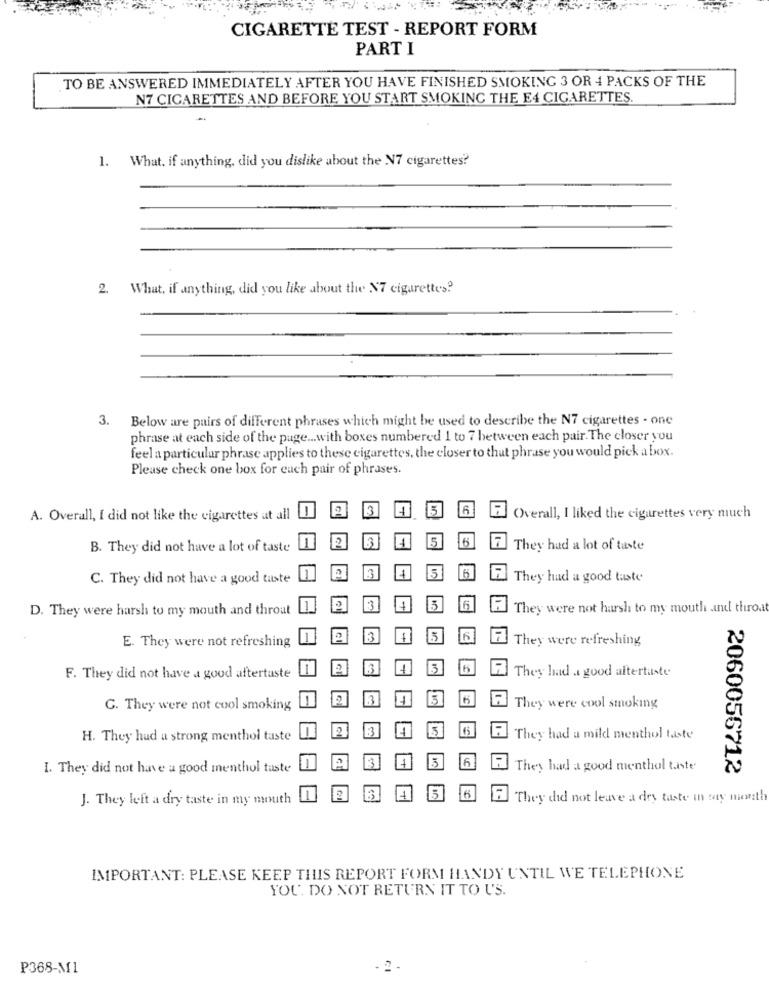
CIGARETTE TEST - REPORT FORM
PART I
TO BE ANSWERED IMMEDIATELY AFTER YOU HAVE FINISHED SMOKING 3 OR 4 PACKS OF THE
N7 CIGARETTES AND BEFORE YOU START SMOKING THE E4 CIGARETTES.
1. What, if anything, did you dislike about the N7 cigarettes?
2.
What, if anything, did you like about the N7 cigarettes?
3.
Below are pairs of different phrases which might be used to describe the N7 cigarettes - one
phrase at each side of the page.with boxes numbered 1 to 7 between each pair. The closer you
feel a particular phrase applies to these cigarettes, the closer to that phrase you would pick a box.
Please check one box for each pair of phrases.
n
3
+1
3
A. Overall, I did not like the cigarettes at all
Overall, I liked the cigarettes very much
B
5
B. They did not have a lot of taste
They had a lot of taste
C. They did not have a good taste
5
They had a good taste
D. They were harsh to my mouth and throat
3
They were not harsh to my mouth and thiroa
13
They were refreshing
E. They were not refreshing
15
They had a good aftertaste
F. They did not have a good aftertaste
15
G. They were not cool smoking
They were cool smoking
H. They had a strong menthol taste
They had a mild menthol taste
I. They did not have a good menthol taste
They had a good menthol taste
2060056712
J. They left a dry taste in my mouth
4
15
16
They did not leave a dry taste in say month
IMPORTANT: PLEASE KEEP THIS REPORT FORM HANDY UNTIL WE TELEPHONE
YOU DO NOT RETURN IT TO US.
P368-Mí1
2